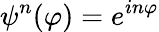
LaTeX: \psi^{n}(\varphi)=e^{in\varphi}